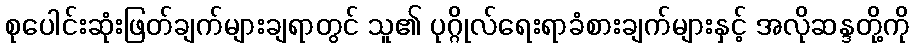
စုပေါင်းဆုံးဖြတ်ချက်များချရာတွင် သူ၏ ပုဂ္ဂိုလ်ရေးရာခံစားချက်များနှင့် အလိုဆန္ဒတို့ကို